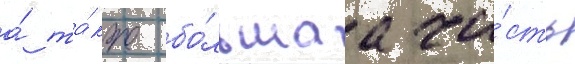
а́ та́кже бо́льшаа ча́сть